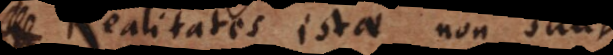
Realitates istae non sunt